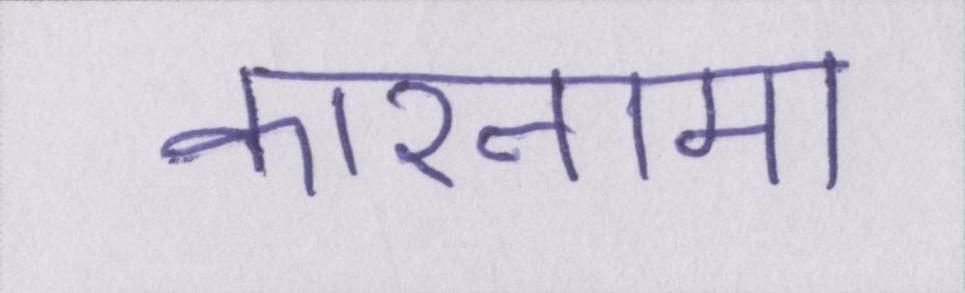
कारनामा